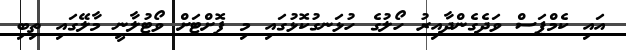
އައި ކެމްޕަސް ވަދެގެންދާއިރު ހޯލުގެ ހުޅަނގުކޮޅުގައި މި ފޮށްޓަށް ވޯޓުލާނީ މާލޭގައި ތިބި